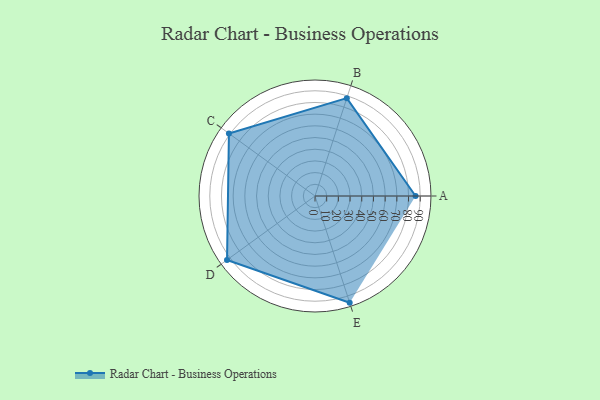
{"axis": {"x": "Skill", "y": "Score"}, "legend": ["Profile"], "data": [{"x": "A", "y": 86.0, "type": "Profile"}, {"x": "B", "y": 88.0, "type": "Profile"}, {"x": "C", "y": 91.0, "type": "Profile"}, {"x": "D", "y": 93.0, "type": "Profile"}, {"x": "E", "y": 96.0, "type": "Profile"}]}